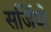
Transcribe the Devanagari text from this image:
सर्जियों